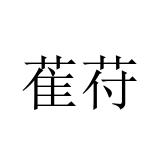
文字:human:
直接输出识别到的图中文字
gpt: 萑苻